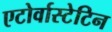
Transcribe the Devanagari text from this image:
एटोर्वास्टेटिन